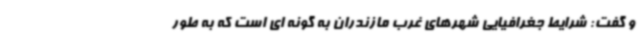
و گفت: شرایط جغرافیایی شهرهای غرب مازندران به گونه ای است که به طور